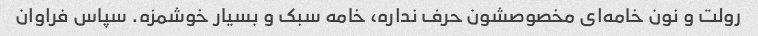
رولت و نون خامه‌ای مخصوصشون حرف نداره، خامه سبک و بسیار خوشمزه. سپاس فراوان